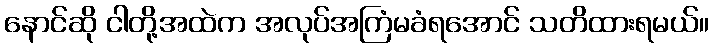
နောင်ဆို ငါတို့အထဲက အလုပ်အကြံမခံရအောင် သတိထားရမယ်။